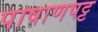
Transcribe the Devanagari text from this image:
पाषाणपट्ट